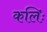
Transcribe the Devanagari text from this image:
कलिः